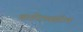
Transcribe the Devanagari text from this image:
चारित्र्यहीन